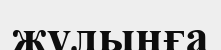
жұлынға